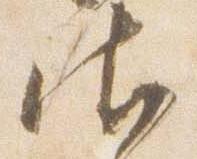
御